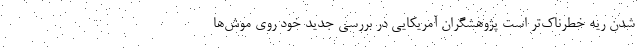
شدن ریه خطرناک‌تر است پژوهشگران آمریکایی در بررسی جدید خود روی موش‌ها